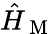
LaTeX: \hat{H}_{\mathrm{~M~}}